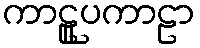
ကာဠူပကာဠာ